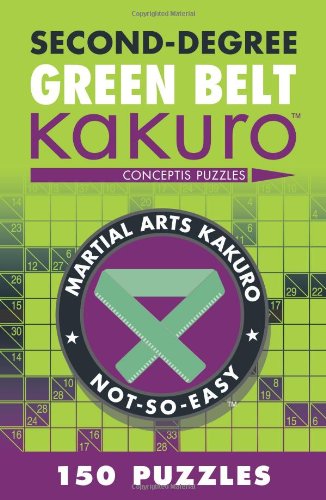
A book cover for Second-Degree Green Belt Kakuro (Martial Arts Puzzles Series); Conceptis Puzzles; Humor & Entertainment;